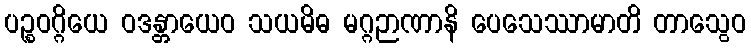
ပဉ္စဝဂ္ဂိယေ ဝဒန္တာယေဝ သယမိဓ မဂ္ဂဉာဏာနိ ပေသေဿာမာတိ တာသွေဝ